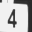
Digit: 4